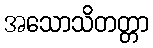
အသောသိတတ္တာ